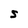
Character: S